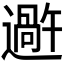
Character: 𬩕